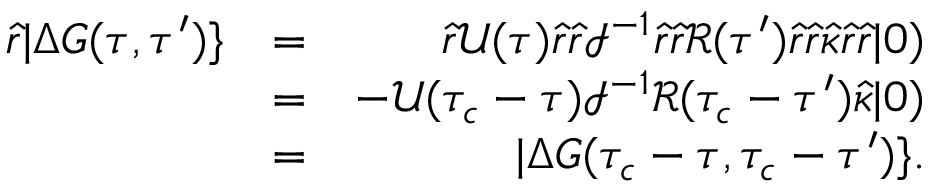
\begin{array} { r l r } { \hat { r } | \Delta G ( \tau , \tau ^ { \prime } ) \} } & { = } & { \hat { r } \mathcal { U } ( \tau ) \hat { r } \hat { r } \mathcal { I } ^ { - 1 } \hat { r } \hat { r } \mathcal { R } ( \tau ^ { \prime } ) \hat { r } \hat { r } \hat { \kappa } \hat { r } \hat { r } | 0 ) } \\ & { = } & { - \mathcal { U } ( \tau _ { c } - \tau ) \mathcal { I } ^ { - 1 } \mathcal { R } ( \tau _ { c } - \tau ^ { \prime } ) \hat { \kappa } | 0 ) } \\ & { = } & { | \Delta G ( \tau _ { c } - \tau , \tau _ { c } - \tau ^ { \prime } ) \} . } \end{array}